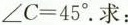
\angle C=45^{\circ}.求：